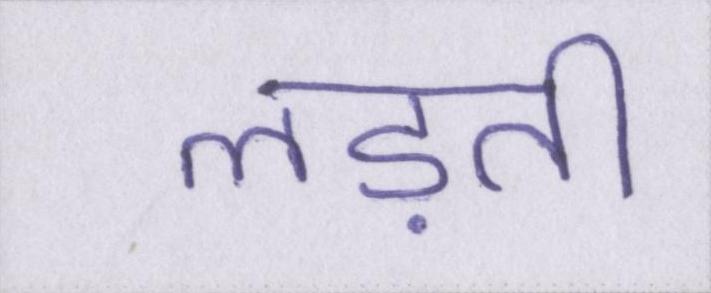
लड़ती